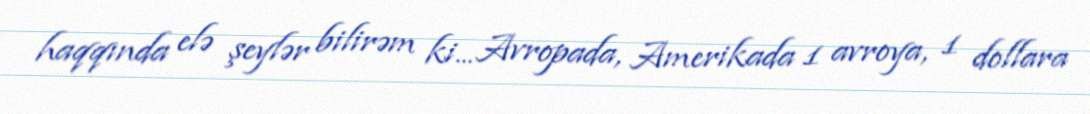
haqqında elə şeylər bilirəm ki... Avropada, Amerikada 1 avroya, 1 dollara